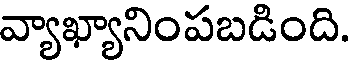
వ్యాఖ్యానింపబడింది.